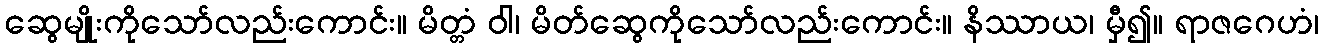
ဆွေမျိုးကိုသော်လည်းကောင်း။ မိတ္တံ ဝါ၊ မိတ်ဆွေကိုသော်လည်းကောင်း။ နိဿာယ၊ မှီ၍။ ရာဇဂေဟံ၊